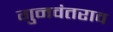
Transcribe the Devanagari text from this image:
गुनवंतराव